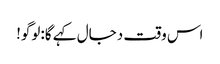
اس وقت دجال کہے گا:لوگو!